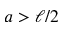
a > \ell / 2